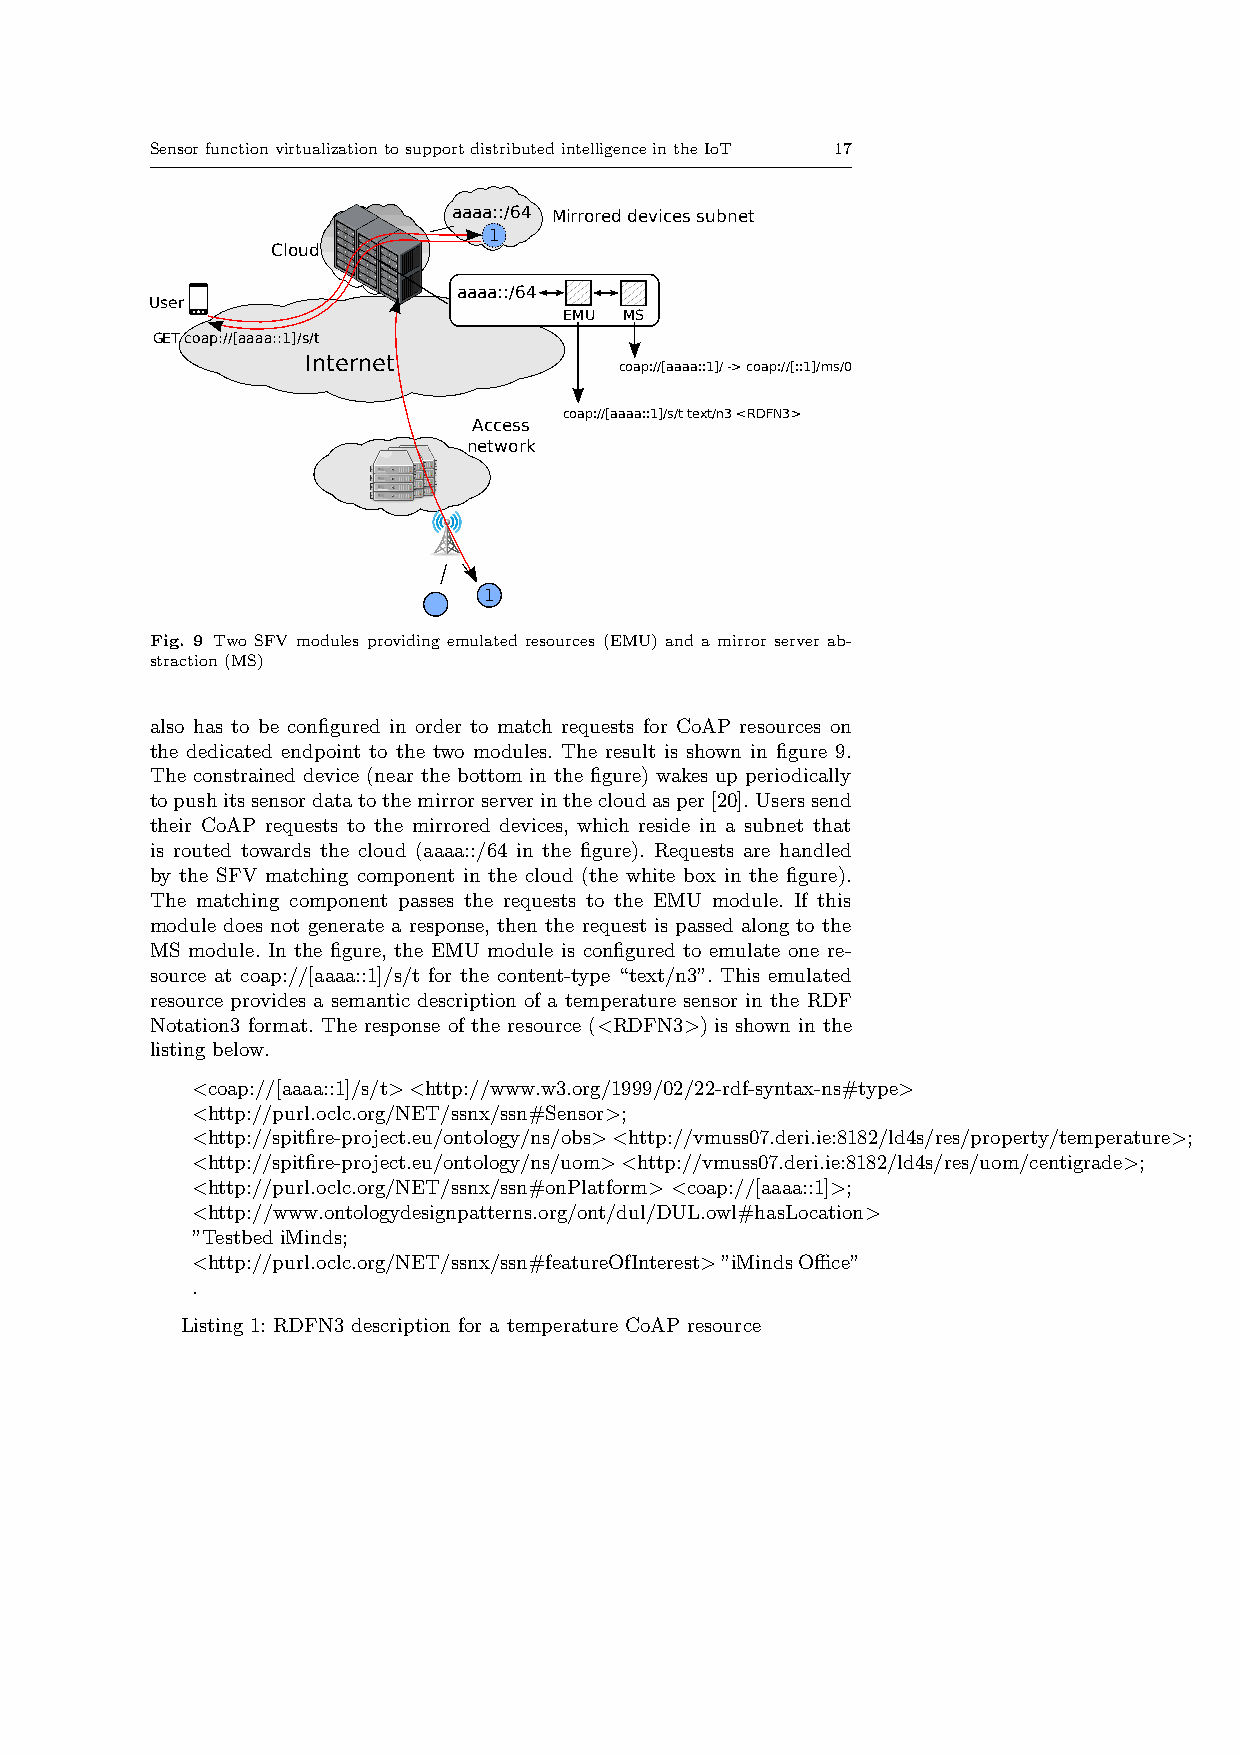
SensorfunctionvirtualizationtosupportdistributedintelligenceintheIoT 17
 aaaa::/64 Mirrored devices subnet
 1
 Cloud
 aaaa::/64
 User
 EMU MS
 GET coap://[aaaa::1]/s/t
 Internet
 coap://[aaaa::1]/ -> coap://[::1]/ms/0
 coap://[aaaa::1]/s/t text/n3 <RDFN3>
 Access
 network
 1
 Fig. 9 Two SFV modules providing emulated resources (EMU) and a mirror server ab-
 straction(MS)
 also has to be configured in order to match requests for CoAP resources on
 the dedicated endpoint to the two modules. The result is shown in figure 9.
 The constrained device (near the bottom in the figure) wakes up periodically
 topushitssensordatatothemirrorserverinthecloudasper[20].Userssend
 their CoAP requests to the mirrored devices, which reside in a subnet that
 is routed towards the cloud (aaaa::/64 in the figure). Requests are handled
 by the SFV matching component in the cloud (the white box in the figure).
 The matching component passes the requests to the EMU module. If this
 module does not generate a response, then the request is passed along to the
 MS module. In the figure, the EMU module is configured to emulate one re-
 source at coap://[aaaa::1]/s/t for the content-type “text/n3”. This emulated
 resource provides a semantic description of a temperature sensor in the RDF
 Notation3 format. The response of the resource (<RDFN3>) is shown in the
 listing below.
 <coap://[aaaa::1]/s/t><http://www.w3.org/1999/02/22-rdf-syntax-ns#type>
 <http://purl.oclc.org/NET/ssnx/ssn#Sensor>;
 <http://spitfire-project.eu/ontology/ns/obs><http://vmuss07.deri.ie:8182/ld4s/res/property/temperature>;
 <http://spitfire-project.eu/ontology/ns/uom><http://vmuss07.deri.ie:8182/ld4s/res/uom/centigrade>;
 <http://purl.oclc.org/NET/ssnx/ssn#onPlatform> <coap://[aaaa::1]>;
 <http://www.ontologydesignpatterns.org/ont/dul/DUL.owl#hasLocation>
 ”Testbed iMinds;
 <http://purl.oclc.org/NET/ssnx/ssn#featureOfInterest>”iMindsOffice”
 .
 Listing 1: RDFN3 description for a temperature CoAP resource